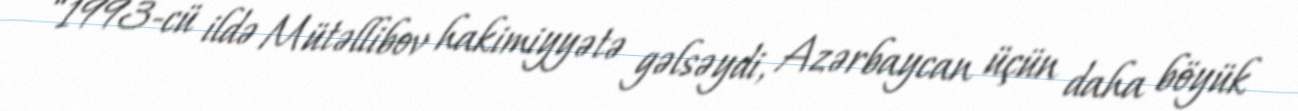
“1993-cü ildə Mütəllibov hakimiyyətə gəlsəydi, Azərbaycan üçün daha böyük